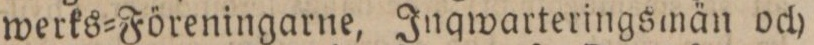
werks=Föreningarne, Inqwarteringsmän och